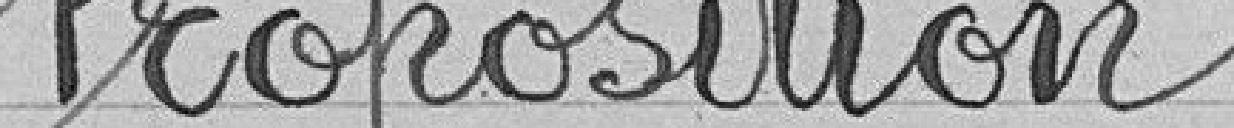
Proposition